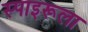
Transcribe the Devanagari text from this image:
स्पाइरूला